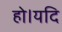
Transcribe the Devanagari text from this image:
हो।यदि